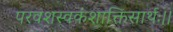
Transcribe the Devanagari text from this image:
परवशस्वकंशाक्तिसार्थः।।